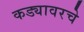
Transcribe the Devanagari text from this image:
कड्यावरचे